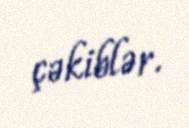
çəkiblər.